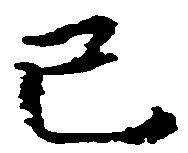
已